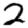
Digit: 2